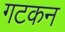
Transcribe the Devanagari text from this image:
गटकन